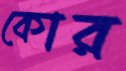
কোর